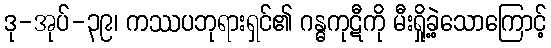
ဒု-အုပ်-၃၉၊ ကဿပဘုရားရှင်၏ ဂန္ဓကုဋီကို မီးရှို့ခဲ့သောကြောင့်